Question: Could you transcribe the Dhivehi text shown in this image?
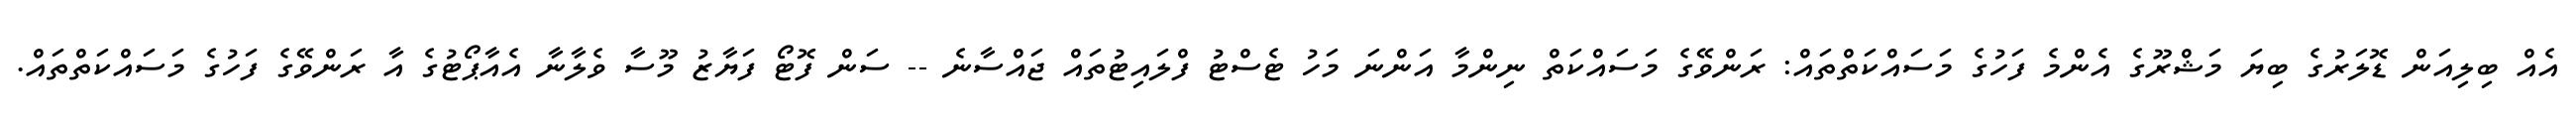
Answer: އެއް ބިލިއަން ޑޮލަރުގެ ބިޔަ މަޝްރޫގެ އެންމެ ފަހުގެ މަސައްކަތްތައް: ރަންވޭގެ މަސައްކަތް ނިންމާ އަންނަ މަހު ޓެސްޓު ފްލައިޓުތައް ޖައްސާނެ -- ސަން ފޮޓޯ ފަޔާޒު މޫސާ ވެލާނާ އެއާޕޯޓުގެ އާ ރަންވޭގެ ފަހުގެ މަސައްކަތްތައް.